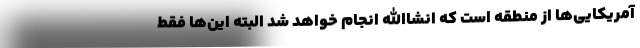
آمریکایی‌ها از منطقه است که انشاالله انجام خواهد شد البته این‌ها فقط